Veterinary regulations India, 1939 -
Year: 1939
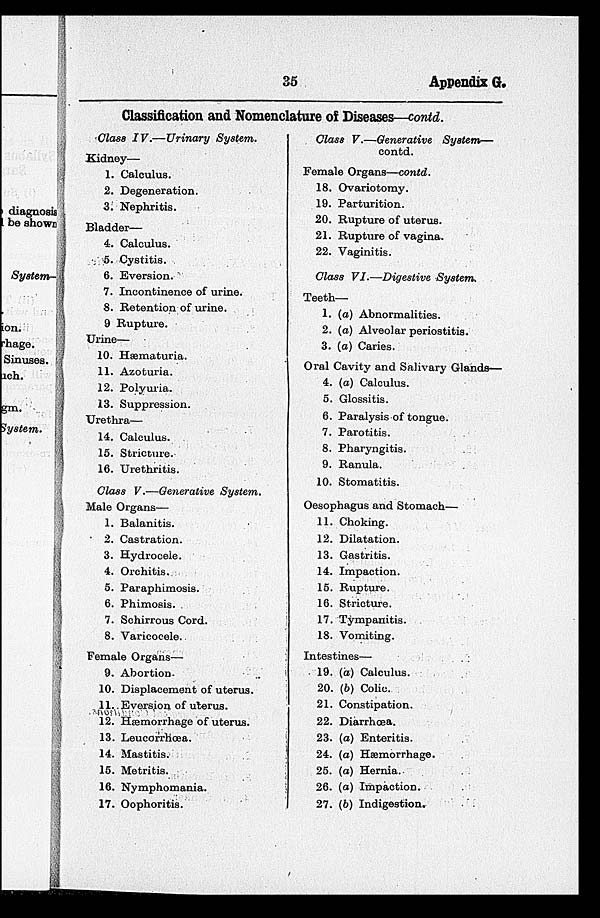
35
Appendix G.
Classification and Nomenclature of Diseases—contd.
Class IV.—Urinary
System.
Kidney—
1. Calculus.
2. Degeneration.
3. Nephritis.
Bladder—
4. Calculus.
5. Cystitis.
6. Eversion.
7. Incontinence of urine.
8. Retention of urine.
9 Rupture.
Urine—
10. Hæmaturia.
11. Azoturia.
12. Polyuria.
13. Suppression.
Urethra—
14. Calculus.
15. Stricture.
16. Urethritis.
Class V.—Generative System.
Male Organs—
1. Balanitis.
2. Castration.
3. Hydrocele.
4. Orchitis.
5. Paraphimosis.
6. Phimosis.
7. Schirrous Cord.
8. Varicocele.
Female Organs—
9. Abortion.
10. Displacement of uterus.
11. Eversion of uterus.
12. Hæmorrhage of uterus.
13. Leucorrhœa.
14. Mastitis.
15. Metritis.
16. Nymphomania.
17. Oophoritis.
Class V.—Generative
System—
contd.
Female Organs—contd.
18. Ovariotomy.
19. Parturition.
20. Rupture of uterus.
21. Rupture of vagina.
22. Vaginitis.
Class VI.—Digestive
System.
Teeth—
1. (a) Abnormalities.
2. (a) Alveolar periostitis.
3. (a) Caries.
Oral Cavity and Salivary Glands—
4. (a) Calculus.
5. Glossitis.
6. Paralysis of tongue.
7. Parotitis.
8. Pharyngitis.
9. Ranula.
10. Stomatitis.
Oesophagus and Stomach—
11. Choking.
12. Dilatation.
13. Gastritis.
14. Impaction.
15. Rupture.
16. Stricture.
17. Tympanitis.
18. Vomiting.
Intestines—
19. (a) Calculus.
20. (b) Colic.
21. Constipation.
22. Diarrhoea.
23. (a) Enteritis.
24. (a) Hæmorrhage.
25. (a) Hernia.
26. (a) Impaction.
27. (b) Indigestion.